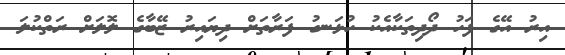
އިރު އޭގެ ފަހު ދޯދިތަކާއެކު ހުޅަނގު ފަރާތަށް ދިޔައިރު ޒޭބާގެ ލޮލަށް ރަތްކުލަ